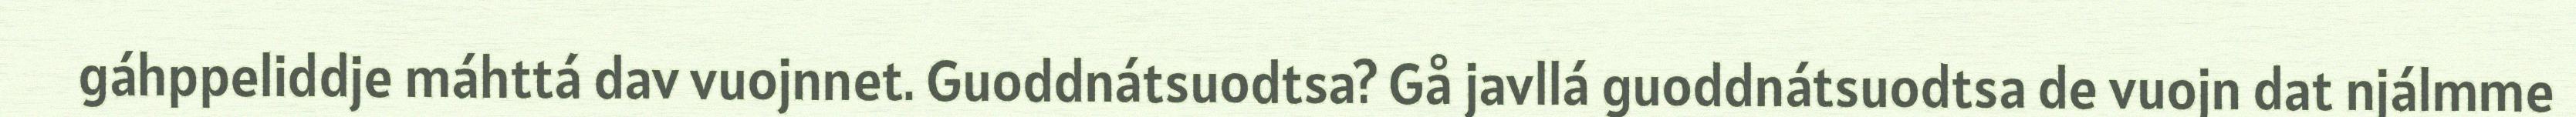
gáhppeliddje máhttá dav vuojnnet. Guoddnátsuodtsa? Gå javllá guoddnátsuodtsa de vuojn dat njálmme